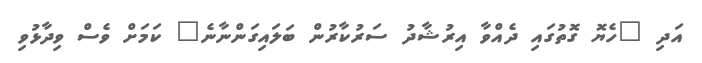
އަދި "ހެޔޮ ގޮތުގައި ދެއްވާ އިރުޝާދު ސަރުކާރުން ބަލައިގަންނާނެ" ކަމަށް ވެސް ވިދާޅުވި